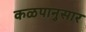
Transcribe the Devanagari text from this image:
कळपानुसार